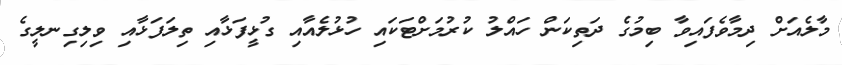
މާލެއަށް ދިމާވެފައިވާ ބިމުގެ ދަތިކަން ހައްލު ކުރުމަށްޓަކައި ހުޅުލެއާއި ގުޅީފަޅާއި ތިލަފަޅާއި ވިލިގިނލީގެ